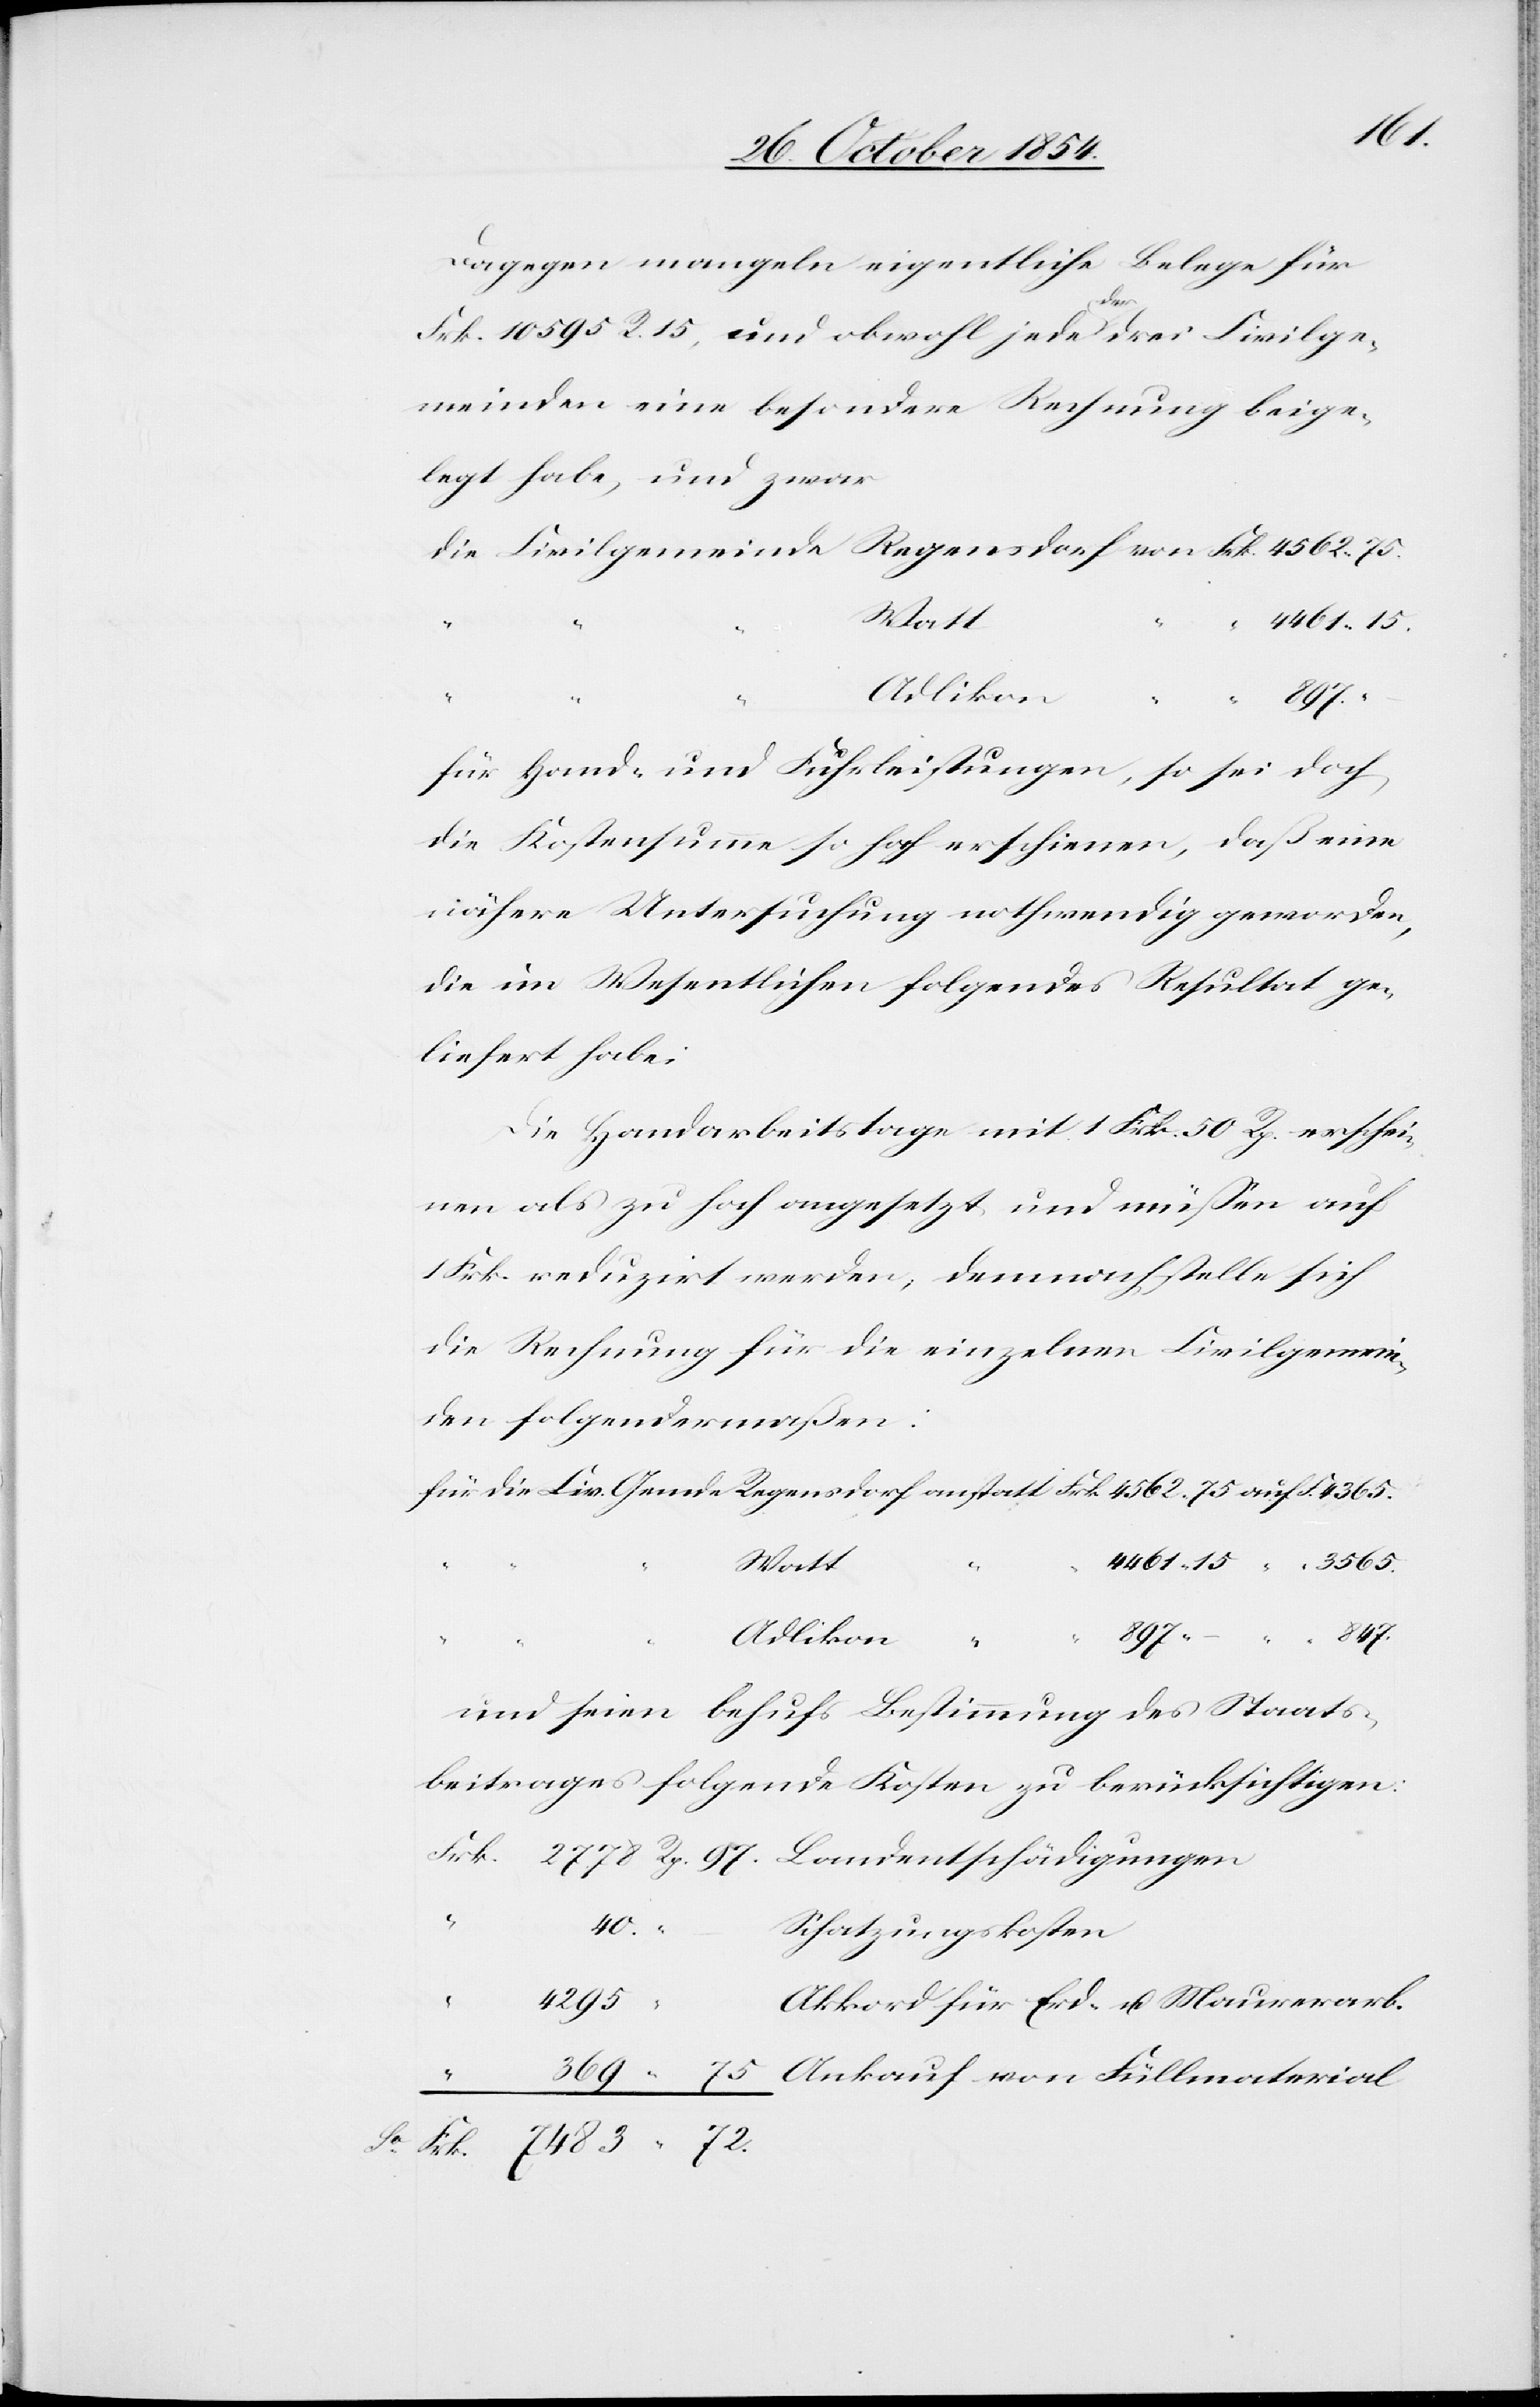
40.
Dagegen mangeln eigentliche Belege für
die
Frk. 10 595 R. 15, und obwohl jede a-der-a drei Civilge¬
meinden eine besondere Rechnung beige¬
legt habe, und zwar
anstatt
Adlikon
Rp.
97.
für Hand- und Fuhrleistungen, so sei doch
die Kostensumme so hoch erschienen, daß eine
nähere Untersuchung nothwendig geworden,
die im Wesentlichen folgendes Resultat ge¬
liefert habe:
Die Handarbeitstage mit 1 Frk. 50 Rp. erschie¬
nen als zu hoch angesetzt und müßen auf
1 Frk. reduzirt werden, demnach stelle sich
die Rechnung für die einzelnen Civilgemein¬
den folgendermaßen:
für
Watt
2778
und seien behufs Bestimmung des Staats¬
beitrages folgende Kosten zu berücksichtigen:
Schatzungskosten
“
4295
Akkord für Erd- u. Maurerarb.
Ankauf von Füllmaterial
“
75